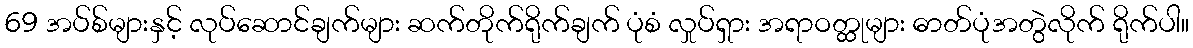
69 အပ်စ်များနှင့် လုပ်ဆောင်ချက်များ ဆက်တိုက်ရိုက်ချက် ပုံစံ လှုပ်ရှား အရာဝတ္ထုများ ဓာတ်ပုံအတွဲလိုက် ရိုက်ပါ။